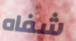
شفاه